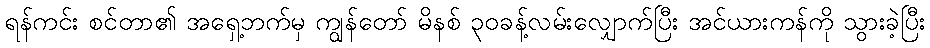
ရန်ကင်း စင်တာ၏ အရှေ့ဘက်မှ ကျွန်တော် မိနစ် ၃၀ခန့်လမ်းလျှောက်ပြီး အင်ယားကန်ကို သွားခဲ့ပြီး